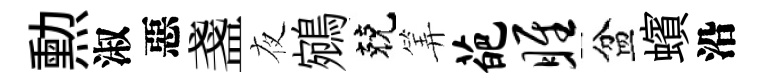
勲淑惡盞夜鵷兢筭葩雎盆蠙沿